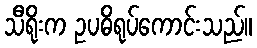
သီရိုးက ဥပဓိရုပ်ကောင်းသည်။